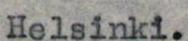
Helsinki.